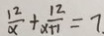
\frac { 1 2 } { \alpha } + \frac { 1 2 } { x + 1 } = 7